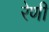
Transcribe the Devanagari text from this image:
रेणी